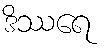
ဒိဿရေ